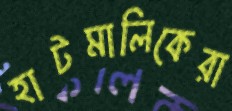
হাটমালিকেরা